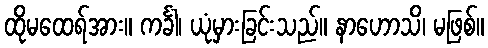
ထိုမထေရ်အား။ ကင်္ခါ၊ ယုံမှားခြင်းသည်။ နာဟောသိ၊ မဖြစ်။